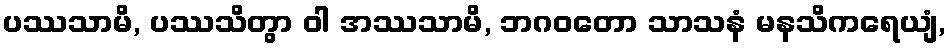
ပဿသာမိ, ပဿသိတွာ ဝါ အဿသာမိ, ဘဂဝတော သာသနံ မနသိကရေယျံ,